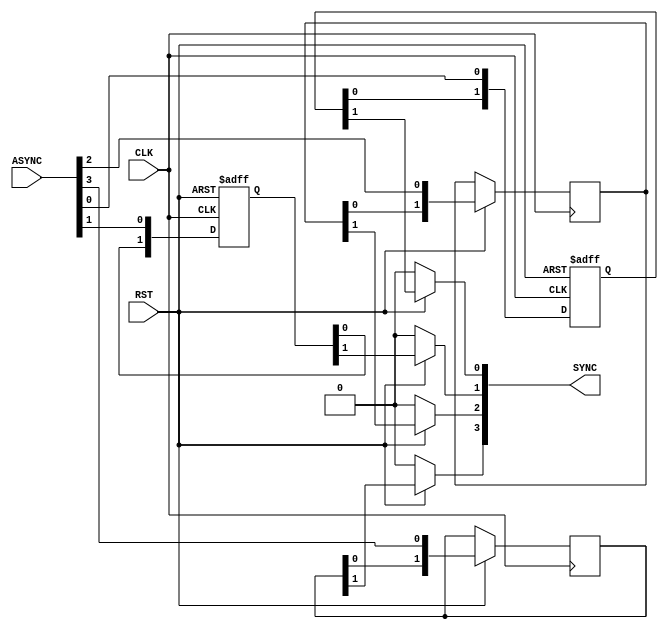
module  CDC1  # (parameter  BUS_WIDTH=4,
                            NUM_STAGES=2  )
  (
  input   wire                      RST,
  input   wire                      CLK,
  input   wire  [BUS_WIDTH-1:0]     ASYNC,
  output  reg   [BUS_WIDTH-1:0]     SYNC
  );
  reg [NUM_STAGES-1:0]  flip_flops [BUS_WIDTH-1:0]  ;
  integer i;
  
  always  @ (*)
  begin
    if(!RST)
     SYNC = 'b0;
   else
     for(i=0;i<BUS_WIDTH;i=i+1)
    SYNC[i]=flip_flops[i][NUM_STAGES-1];
  end
  
  always  @ (  posedge CLK or  negedge RST  )
  begin
   if(!RST)
    for(i=0;i<NUM_STAGES;i=i+1)
        begin
          flip_flops[i]          <=  1'b0;
        end
    else
     begin
       if(NUM_STAGES=='b1)
          begin
            for (i=0;i<BUS_WIDTH;i=i+1)
                flip_flops[0][i]  <=  ASYNC[i];
           end
        else
          begin
            for(i=0;i<BUS_WIDTH;i=i+1)
              flip_flops[i]<={flip_flops[i] [NUM_STAGES-2:0],ASYNC[i]};            
          end
      end
  end
endmodule